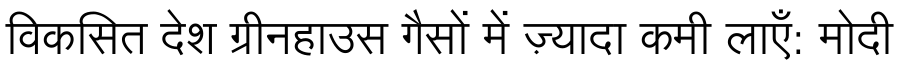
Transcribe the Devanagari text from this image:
विकसित देश ग्रीनहाउस गैसों में ज़्यादा कमी लाएँ: मोदी